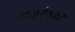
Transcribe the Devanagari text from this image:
माजुरोस्की